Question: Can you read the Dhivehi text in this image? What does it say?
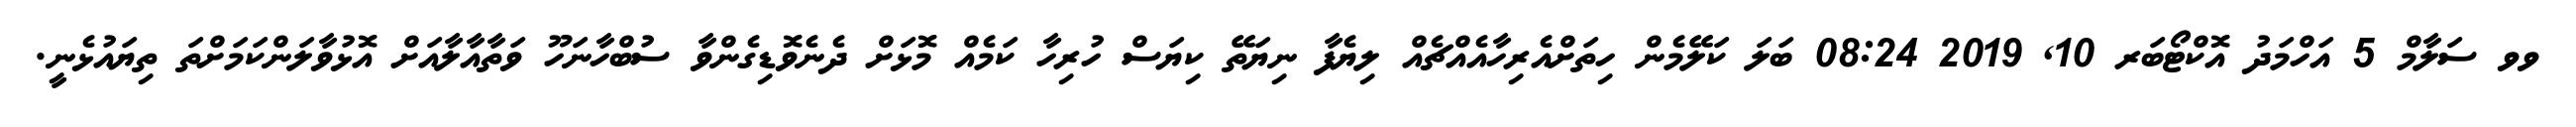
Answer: ވވ ސަލާމް 5 އަހްމަދު އޮކްޓޯބަރ 10, 2019 08:24 ބަލަ ކަލޭމެން ހިތަށްއެރިހާއެއްޗެއް ލިޔެފާ ނިޔަތޭ ކިޔަސް ހުރިހާ ކަމެއް މޮޅަށް ދެނެވޮޑިގެންވާ ސުބްހާނަހޫ ވަތާއާލާއަށް އޮޅުވާލަންކަމަށްތަ ތިޔައުޅެނީ.